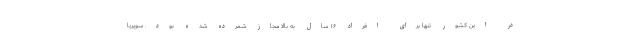
در این کشور تنها برای افراد ۱۶ سال به بالا مجاز شمرده شده بود. سوپریا